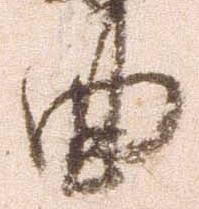
曲